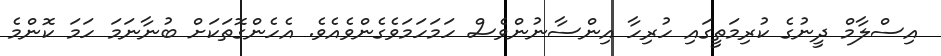
އިސްލާމް ދީނުގެ ކުރިމަތީގައި ހުރިހާ އިންސާނުންވެސް ހަމަހަމަވެގެންވެއެވެ. އެހެންގޮތަކަށް ބުނާނަމަ ހަމަ ކޮންމެ